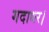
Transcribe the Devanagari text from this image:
गदाधर।